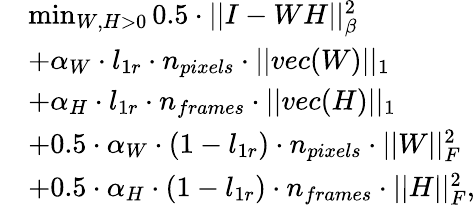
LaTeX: \begin{array}{rl}&{\operatorname*{min}_{W,H>0}0.5\cdot||I-WH||_{\beta}^{2}}\\ &{+\alpha_{W}\cdot l_{1r}\cdot n_{pixels}\cdot||vec(W)||_{1}}\\ &{+\alpha_{H}\cdot l_{1r}\cdot n_{frames}\cdot||vec(H)||_{1}}\\ &{+0.5\cdot\alpha_{W}\cdot(1-l_{1r})\cdot n_{pixels}\cdot||W||_{F}^{2}}\\ &{+0.5\cdot\alpha_{H}\cdot(1-l_{1r})\cdot n_{frames}\cdot||H||_{F}^{2},}\end{array}